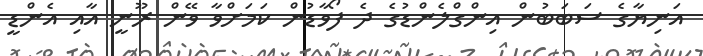
އަނިޔާގެ ސަބަބުން އިންގްލެންޑުގެ ދެ ފޯވާޑުން ކަމަށްވާ ވޭން ރޫނީ އާއި އެންޑީ